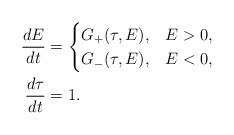
LaTeX: \begin{align*}\frac{dE}{dt} &= \begin{cases}G_+(\tau,E), & E>0, \\G_-(\tau,E), & E<0, \end{cases} \\\frac{d\tau}{dt} &= 1.\end{align*}